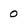
Character: 0